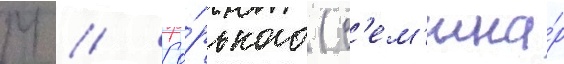
М // Го́рького (с'ем'ина́р